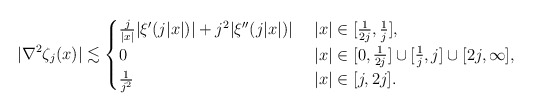
\begin{align*} |\nabla^2\zeta_{j}(x)|\lesssim\begin{cases}\frac{j}{|x|} |\xi'(j|x|)| + j^2|\xi''(j|x|)| & \ |x|\in [\frac{1}{2j},\frac{1}{j}], \\0 & \ |x|\in [0,\frac{1}{2j}]\cup [\frac{1}{j},j]\cup[2j,\infty], \\\frac{1}{j^2}& \ |x|\in [j,2j].\end{cases}\end{align*}